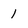
Character: 1